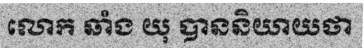
លោក ឆាំង យុ បាននិយាយថា